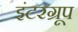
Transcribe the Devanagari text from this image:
इंटरग्रूप